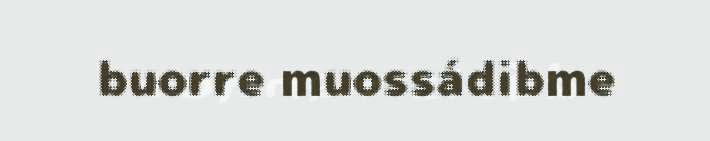
buorre muossádibme